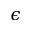
\epsilon